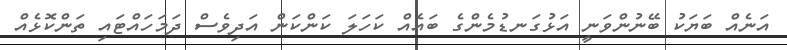
އަނެއް ބަޔަކު ބޭނުންވަނީ އަޅުގަނޑުމެންގެ ބައެއް ކަހަލަ ކަންކަން އަދިވެސް ދަމަހައްޓައި ތަންކޮޅެއް